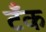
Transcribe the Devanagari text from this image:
टॅँक